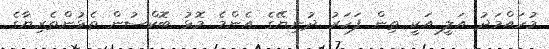
މުހައްމަދު އަލީ އަކީ ތިން ފަހަރު ދުނިޔޭގެ އެންމެ މޮޅު ބޮކްސުން ތެޅުންތެރިޔާގެ